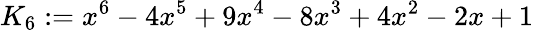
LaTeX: K_{6}:=x^{6}-4x^{5}+9x^{4}-8x^{3}+4x^{2}-2x+1